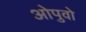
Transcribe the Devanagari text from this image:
ओपुवो